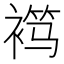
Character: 𬡦